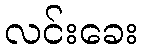
လင်းခေး